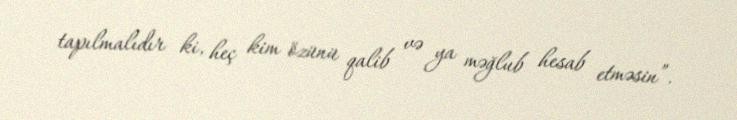
tapılmalıdır ki, heç kim özünü qalib və ya məğlub hesab etməsin”.